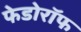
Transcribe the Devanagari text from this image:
फेडोरॉफ